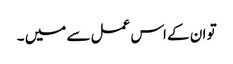
تو ان کے اس عمل سے میں ۔